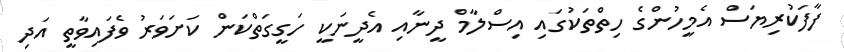
ފާފަކުރިޔަސް އެމީހުންގެ ހިތްތަކުގައި އިސްލާމް ދީނާއި އެދީނަކީ ހަގީގަތްކަން ކަށަވަރު ވެފައިވާތީ އަދި